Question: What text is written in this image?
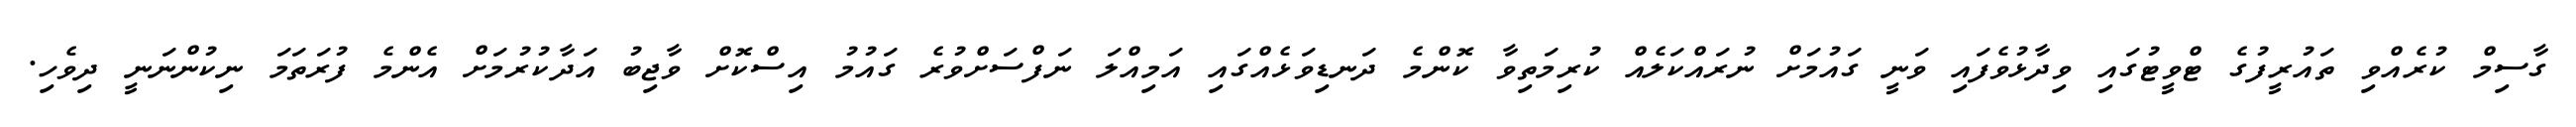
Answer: ގާސިމް ކުރެއްވި ތައުރީފުގެ ޓްވީޓުގައި ވިދާޅުވެފައި ވަނީ ގައުމަށް ނުރައްކަލެއް ކުރިމަތިވާ ކޮންމެ ދަނޑިވަޅެއްގައި އަމިއްލަ ނަފްސަށްވުރެ ގައުމު އިސްކޮށް ވާޖިބު އަދާކުރުމަށް އެންމެ ފުރަތަމަ ނިކުންނަނީ ދިވެހި.